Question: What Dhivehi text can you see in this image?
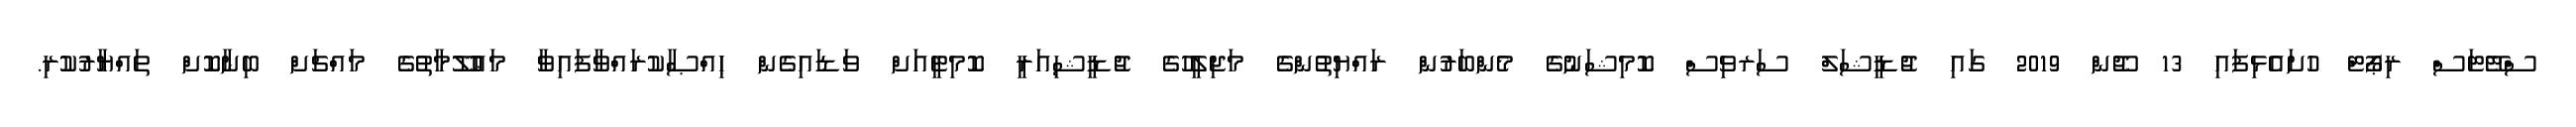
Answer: ސްޓޭޓަސް ރިޕޯޓް ހުށައެޅިފައި 13 ޖޫން 2019 ގައި ޖުޑީޝަލް ސަރވިސް ކޮމިޝަނުގެ މެންބަރުން ރައްޔިތުންގެ މަޖިލީހުގެ ޖުޑީޝިއަރީ ކޮމިޓީއަށް ވަޑައިގެން ޙިއްޞާކުރައްވާފައިވާ މަޢުލޫމާތުގެ މައްޗަށް ބިނާކޮށް ތައްޔާރުކުރި.